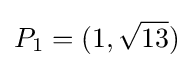
P_{1}=(1,{\sqrt {13}})